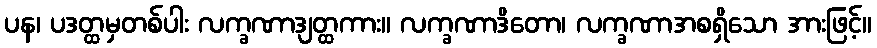
ပန၊ ပဒတ္ထမှတစ်ပါး လက္ခဏာဒျတ္ထကား။ လက္ခဏာဒိတော၊ လက္ခဏာအစရှိသော အားဖြင့်။